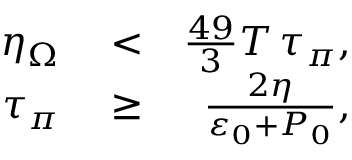
\begin{array} { r l r } { \eta _ { \Omega } } & { { } < } & { \frac { 4 9 } { 3 } T \, \tau _ { \pi } , } \\ { \tau _ { \pi } } & { { } \geq } & { \frac { 2 \eta } { \varepsilon _ { 0 } + P _ { 0 } } , } \end{array}